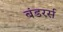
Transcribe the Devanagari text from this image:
बंडरर्स